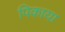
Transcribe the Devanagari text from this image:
पिकाया